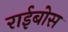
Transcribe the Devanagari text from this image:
राईबोस